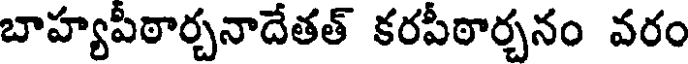
బాహ్యపీఠార్చనాదేతత్ కరపీఠార్చనం వరం